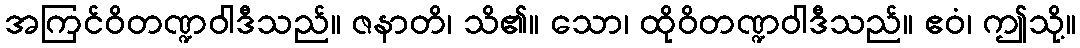
အကြင်ဝိတဏ္ဍဝါဒီသည်။ ဇနာတိ၊ သိ၏။ သော၊ ထိုဝိတဏ္ဍဝါဒီသည်။ ဧဝံ၊ ဤသို့။